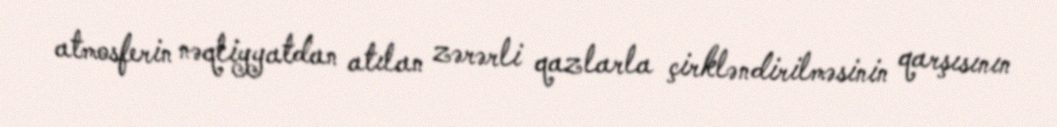
atmosferin nəqliyyatdan atılan zərərli qazlarla çirkləndirilməsinin qarşısının